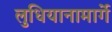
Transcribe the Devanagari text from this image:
लुधियानामार्गे